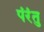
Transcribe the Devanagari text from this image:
पंरंतु